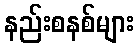
နည်းစနစ်များ